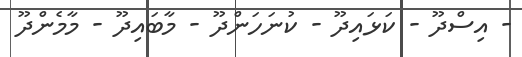
- އިސްދޫ - ކަޅައިދޫ - ކުނަހަންދޫ - މާބައިދޫ - މާމެންދޫ